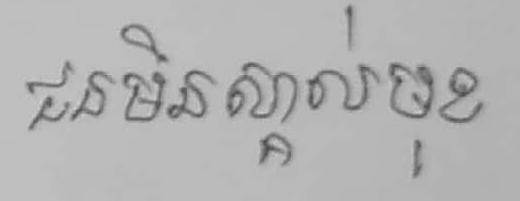
ជនមិនស្គាល់មុខ